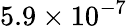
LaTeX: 5.9\times 10^{-7}